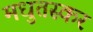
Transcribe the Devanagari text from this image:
मधुतस्कर